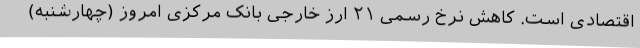
اقتصادی است. کاهش نرخ رسمی ۲۱ ارز خارجی بانک مرکزی امروز (چهارشنبه)